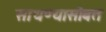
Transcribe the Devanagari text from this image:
साधण्यासोबत